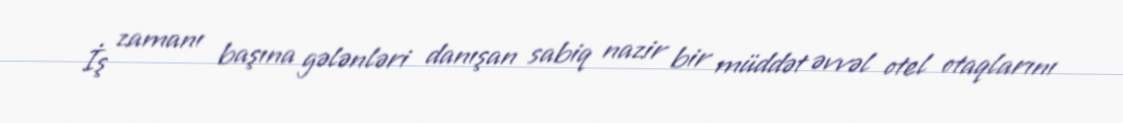
İş zamanı başına gələnləri danışan sabiq nazir bir müddət əvvəl otel otaqlarını